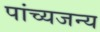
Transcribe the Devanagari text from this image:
पांच्यजन्य